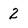
Character: 2